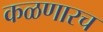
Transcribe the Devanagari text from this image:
कळणारच